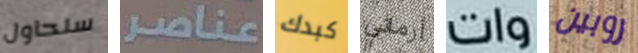
سنحاول عناصر كبدك أرماني وات روبين